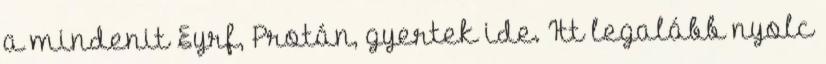
a mindenit Eyrf, Protán, gyertek ide. Itt legalább nyolc